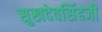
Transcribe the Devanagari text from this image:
सुखदेवसिंहजी